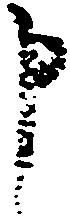
申